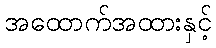
အထောက်အထားနှင့်